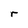
Character: r